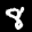
Label: 8